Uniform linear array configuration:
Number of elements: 8
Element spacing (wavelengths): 0.25
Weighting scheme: hamming
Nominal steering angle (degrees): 30
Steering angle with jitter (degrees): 28.054
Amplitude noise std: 0.05
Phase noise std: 0.05

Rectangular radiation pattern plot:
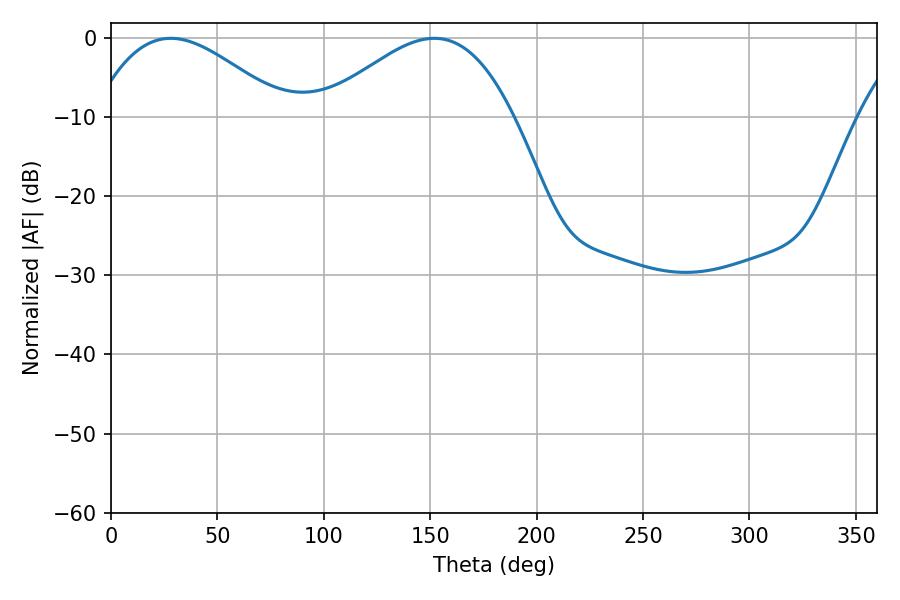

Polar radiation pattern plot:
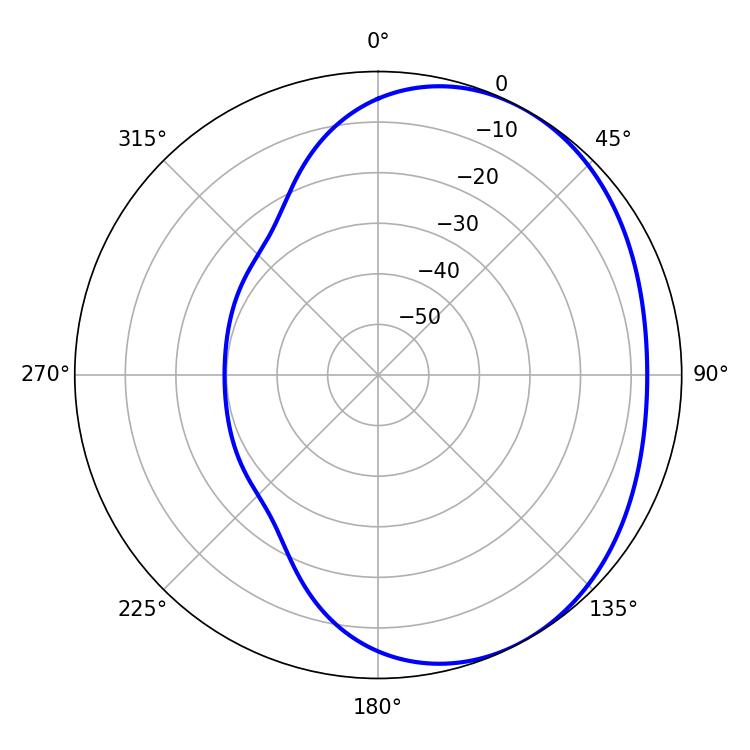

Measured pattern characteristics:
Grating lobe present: FALSE
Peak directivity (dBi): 2.995
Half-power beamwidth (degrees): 48.96
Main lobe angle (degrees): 151.92